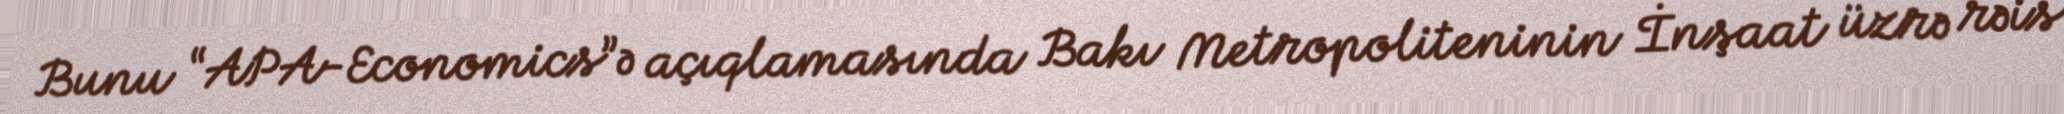
Bunu “APA-Economics”ə açıqlamasında Bakı Metropoliteninin İnşaat üzrə rəis